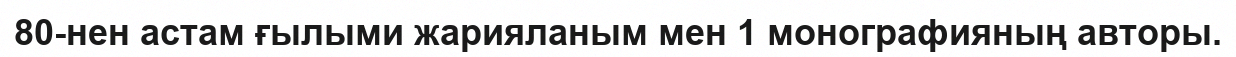
80-нен астам ғылыми жарияланым мен 1 монографияның авторы.